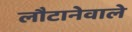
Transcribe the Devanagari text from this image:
लौटानेवाले